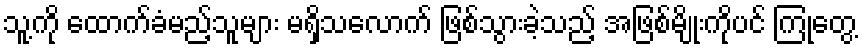
သူ့ကို ထောက်ခံမည့်သူများ မရှိသလောက် ဖြစ်သွားခဲ့သည့် အဖြစ်မျိုးကိုပင် ကြုံတွေ့